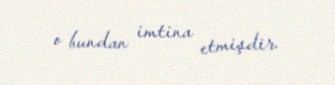
o bundan imtina etmişdir.